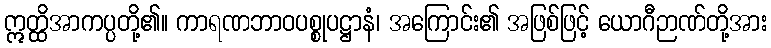
ဣတ္ထိအာကပ္ပတို့၏။ ကာရဏဘာဝပစ္စုပဋ္ဌာနံ၊ အကြောင်း၏ အဖြစ်ဖြင့် ယောဂီဉာဏ်တို့အား